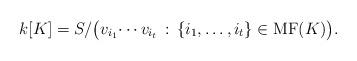
LaTeX: \begin{align*}k[K]=S/\big(v_{i_1}\!\cdots v_{i_t} \,:\, \{i_1,\ldots,i_t\} \in {\rm MF}(K) \big).\end{align*}